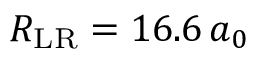
R _ { \mathrm { L R } } = 1 6 . 6 \, a _ { 0 }